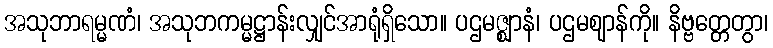
အသုဘာရမ္မဏံ၊ အသုဘကမ္မဋ္ဌာန်းလျှင်အာရုံရှိသော။ ပဌမဇ္ဈာနံ၊ ပဌမဈာန်ကို။ နိဗ္ဗတ္တေတွာ၊